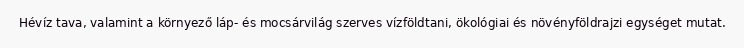
Hévíz tava, valamint a környező láp- és mocsárvilág szerves vízföldtani, ökológiai és növényföldrajzi egységet mutat.